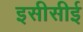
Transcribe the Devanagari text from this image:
इसीसीई